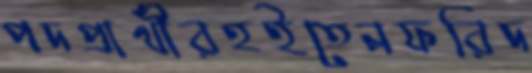
পদপ্রার্থীরহইতেনফরিদ